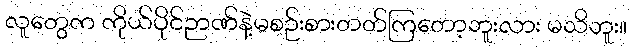
လူတွေက ကိုယ်ပိုင်ဉာဏ်နဲ့မစဉ်းစားတတ်ကြတော့ဘူးလား မသိဘူး။